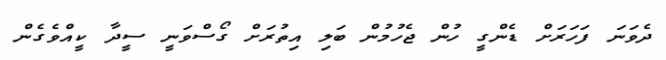
ދެވަނަ ފަހަރަށް ޑެންގީ ހުން ޖެހުމުން ބަލި އިތުރަށް ގޯސްވަނީ ސީދާ ކީއްވެގެން